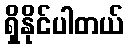
ရှိနိုင်ပါတယ်